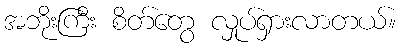
အဘိုးကြီး စိတ်တွေ လှုပ်ရှားလာတယ်။